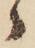
ヽ